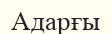
Адарғы